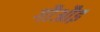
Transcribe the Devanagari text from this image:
गौऔइ